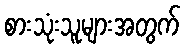
စားသုံးသူများအတွက်